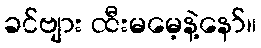
ခင်ဗျား ထီးမမေ့နဲ့နော်။